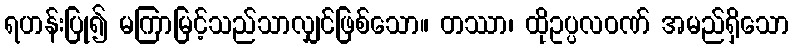
ရဟန်းပြု၍ မကြာမြင့်သည်သာလျှင်ဖြစ်သော။ တဿာ၊ ထိုဥပ္ပလဝဏ် အမည်ရှိသော